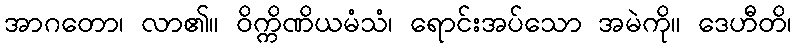
အာဂတော၊ လာ၏။ ဝိက္ကိဏိယမံသံ၊ ရောင်းအပ်သော အမဲကို။ ဒေဟီတိ၊